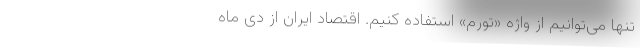
تنها می‌توانیم از واژه «تورم» استفاده کنیم. اقتصاد ایران از دی ماه